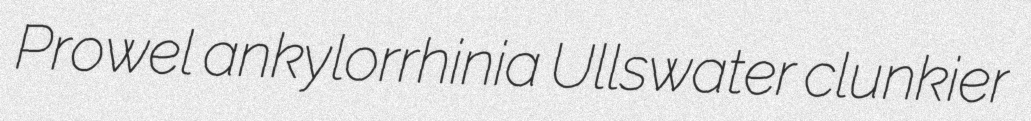
Prowel ankylorrhinia Ullswater clunkier